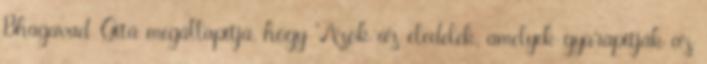
Bhagavad-Gítá megállapítja, hogy "Azok az eledelek, amelyek gyarapítják az